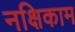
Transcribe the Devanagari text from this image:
नक्षिकाम